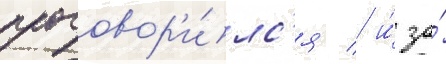
проговор'и́лс'я / и́ за́